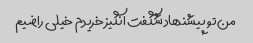
من تو پیشنهاد شگفت انگیز خریدم خیلی راضیم